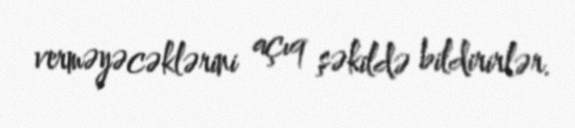
verməyəcəklərini açıq şəkildə bildirirlər.